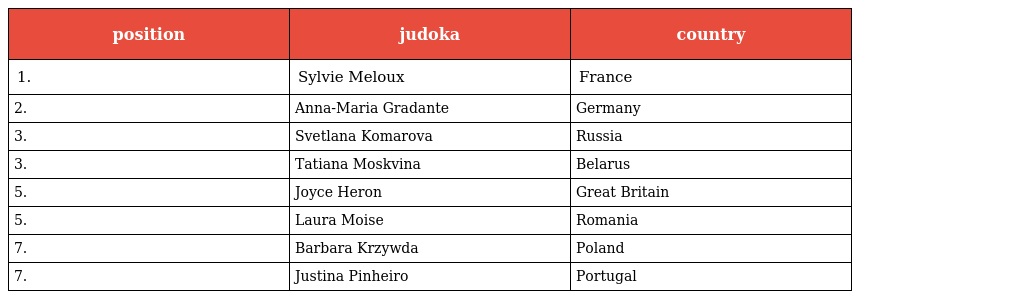
| position | judoka | country |
 | --- | --- | --- |
 | 1. | Sylvie Meloux | France |
 | 2. | Anna-Maria Gradante | Germany |
 | 3. | Svetlana Komarova | Russia |
 | 3. | Tatiana Moskvina | Belarus |
 | 5. | Joyce Heron | Great Britain |
 | 5. | Laura Moise | Romania |
 | 7. | Barbara Krzywda | Poland |
 | 7. | Justina Pinheiro | Portugal |